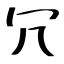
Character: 冗